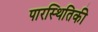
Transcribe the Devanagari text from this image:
पारस्थितिकी